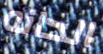
الحانه